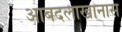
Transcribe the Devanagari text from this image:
आबदलाखानास